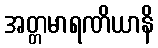
အတ္တမာရဏိယာနိ